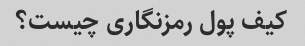
کیف پول رمزنگاری چیست؟